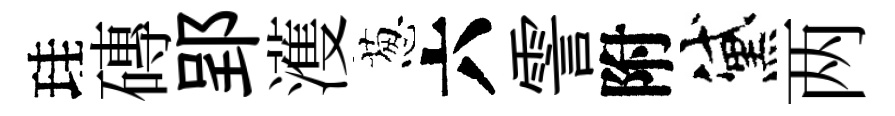
珪磚郢濩葱六霅附黛两